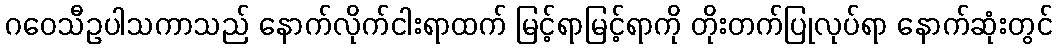
ဂဝေသီဥပါသကာသည် နောက်လိုက်ငါးရာထက် မြင့်ရာမြင့်ရာကို တိုးတက်ပြုလုပ်ရာ နောက်ဆုံးတွင်